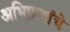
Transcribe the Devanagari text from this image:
अभिप्रायांचे